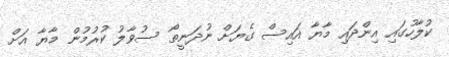
ކުލާހުގައި އިންދައި މާޔާ އައިސް ގެޔަށް ނުދަނީތޯ ސުވާލު ކުރުމުން މާޔާ އަށް